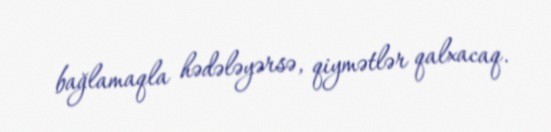
bağlamaqla hədələyərsə, qiymətlər qalxacaq.